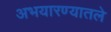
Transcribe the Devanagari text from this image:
अभयारण्यातले